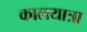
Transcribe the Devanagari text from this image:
कालयात्रा